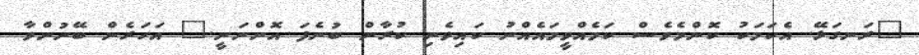
"ރަނގަޅޭ. އެކަމަކު ކޮންމެވެސް ކަމެއްވީމައެއްނު ކައިވެނި ކުރާން ބުނެފަ އޮންނަނީ." އަހަރެން ބޭނުންވާ